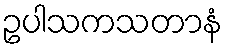
ဥပါသကသတာနံ